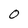
Character: 0